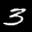
Label: 3